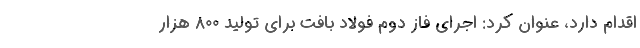
اقدام دارد، عنوان کرد: اجرای فاز دوم فولاد بافت برای تولید ۸۰۰ هزار